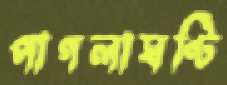
পাগলাঘণ্টি